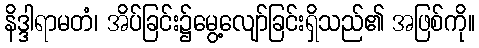
နိဒ္ဒါရာမတံ၊ အိပ်ခြင်း၌မွေ့လျော်ခြင်းရှိသည်၏ အဖြစ်ကို။